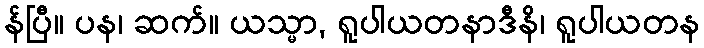
န်ပြီ။ ပန၊ ဆက်။ ယသ္မာ, ရူပါယတနာဒီနိ၊ ရူပါယတန